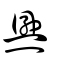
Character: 爂